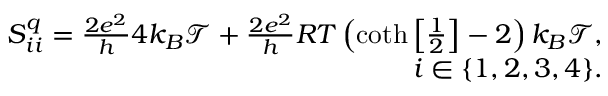
\begin{array} { r } { S _ { i i } ^ { q } = \frac { 2 e ^ { 2 } } { h } 4 k _ { B } \mathcal { T } + \frac { 2 e ^ { 2 } } { h } R T \left( \coth \left[ \frac { 1 } { 2 } \right] - 2 \right) k _ { B } \mathcal { T } , } \\ { i \in \{ 1 , 2 , 3 , 4 \} . } \end{array}